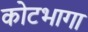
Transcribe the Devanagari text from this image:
कोटभागा